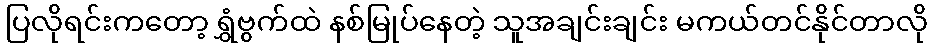
ပြလိုရင်းကတော့ ရွှံဗွက်ထဲ နစ်မြုပ်နေတဲ့ သူအချင်းချင်း မကယ်တင်နိုင်တာလို